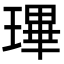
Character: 㻫